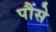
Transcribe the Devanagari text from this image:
पौंसे